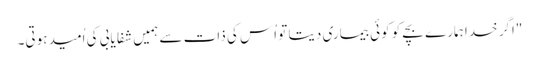
"اگر خدا ہمارے بچے کو کوئی بیماری دیتا تو اُس کی ذات سے ہمیں شفا یابی کی اُمید ہوتی۔